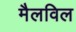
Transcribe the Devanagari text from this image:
मैलविल